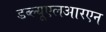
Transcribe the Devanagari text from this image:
डब्ल्यूएलआरएन